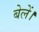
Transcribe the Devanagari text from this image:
बेलें।